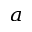
^ { a }